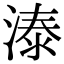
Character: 溙